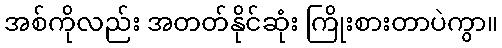
အစ်ကိုလည်း အတတ်နိုင်ဆုံး ကြိုးစားတာပဲကွာ။